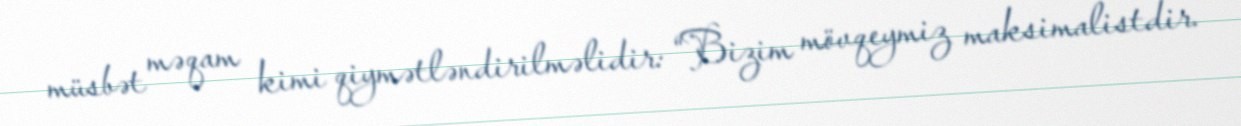
müsbət məqam kimi qiymətləndirilməlidir: “Bizim mövqeymiz maksimalistdir.